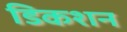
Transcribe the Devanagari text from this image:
डिकशन